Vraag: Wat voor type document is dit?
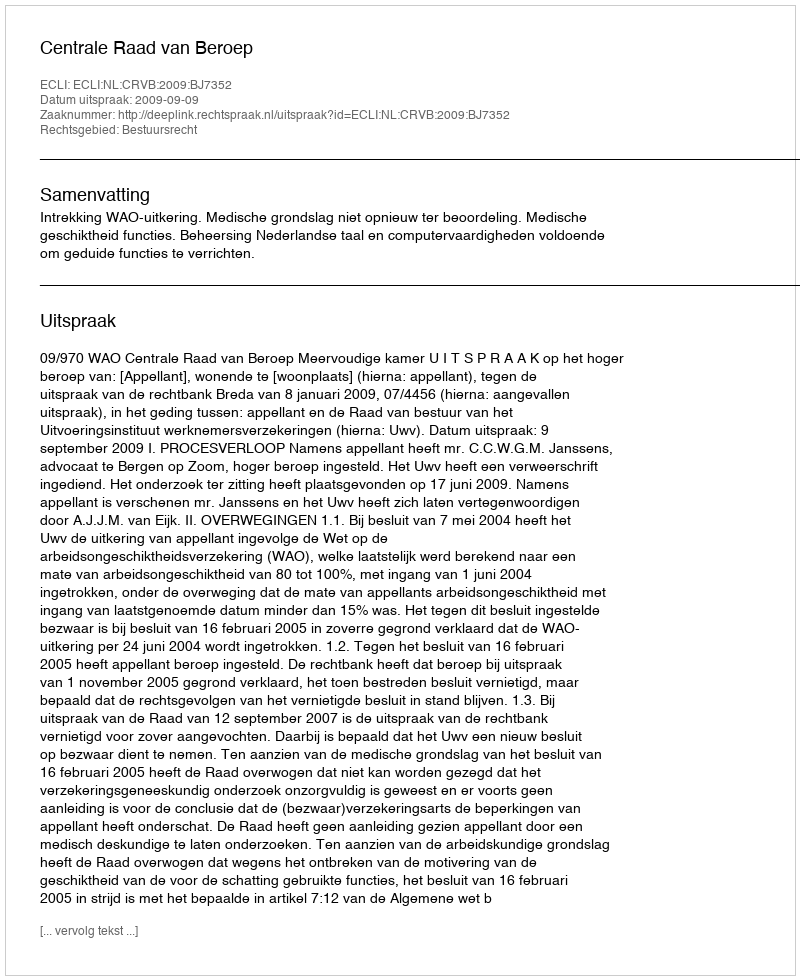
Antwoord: Uitspraak